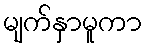
မျက်နှာမူကာ